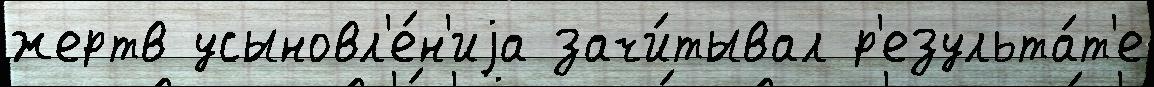
жертв усыновл'е́н'иjа зачи́тывал р'езульта́т'е